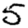
Digit: 5